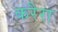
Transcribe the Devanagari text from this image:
करैरा